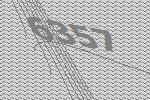
6357